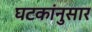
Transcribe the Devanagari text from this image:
घटकांनुसार